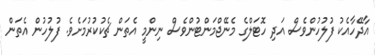
އާދޭހާއެކު ފުލުހުންވެސް އަދި ހޮޓަލްގެ މެނޭޖްމަންޓުންވެސް ނިންމީ އެތަން ޗެކުކުރުމަށެވެ. ފުލުހުން އެތަން